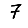
Digit: 7